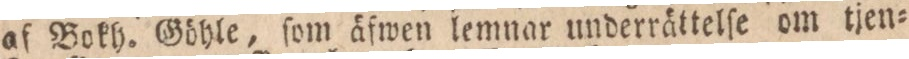
af Bokh. Göhle, ſom äfwen lemnar underrättelſe om tjen=